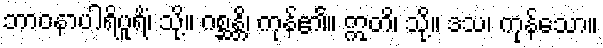
ဘာဝနာပါရိပူရိံ၊ သို့။ ဂစ္ဆန္တိ၊ ကုန်၏။ ဣတိ၊ သို့။ ဒသ၊ ကုန်သော။